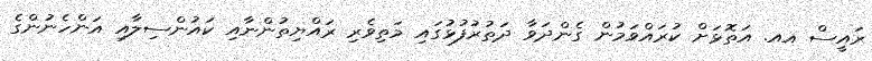
ރައީސް އއ. އަތޮޅަށް ކުރައްވަމުން ގެންދަވާ ދަތުރުފުޅުގައި މަތިވެރި ރައްޔިތުންނާއި ކައުންސިލާއި އަންހެނުންގެ